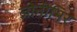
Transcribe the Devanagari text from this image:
जोनीमिर